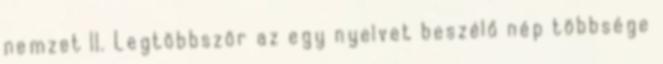
nemzet II. Legtöbbször az egy nyelvet beszélő nép többsége